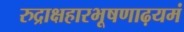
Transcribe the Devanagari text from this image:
रुद्राक्षहारभूषणाढ़यमं